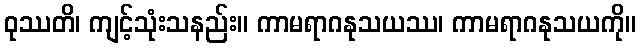
ဝုဿတိ၊ ကျင့်သုံးသနည်း။ ကာမရာဂနုသယဿ၊ ကာမရာဂနုသယကို။